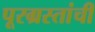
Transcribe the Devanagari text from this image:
पूरग्रस्तांची